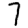
Digit: 7